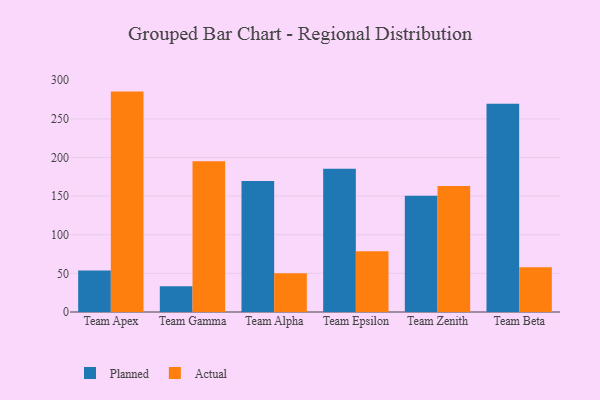
{"axis": {"x": "Team", "y": "Conversion Rate (%)"}, "legend": ["Actual", "Planned"], "data": [{"x": "Team Apex", "y": 53.7, "type": "Planned"}, {"x": "Team Apex", "y": 285.3, "type": "Actual"}, {"x": "Team Gamma", "y": 33.2, "type": "Planned"}, {"x": "Team Gamma", "y": 195.0, "type": "Actual"}, {"x": "Team Alpha", "y": 169.5, "type": "Planned"}, {"x": "Team Alpha", "y": 50.2, "type": "Actual"}, {"x": "Team Epsilon", "y": 185.4, "type": "Planned"}, {"x": "Team Epsilon", "y": 78.7, "type": "Actual"}, {"x": "Team Zenith", "y": 150.6, "type": "Planned"}, {"x": "Team Zenith", "y": 163.0, "type": "Actual"}, {"x": "Team Beta", "y": 269.5, "type": "Planned"}, {"x": "Team Beta", "y": 58.0, "type": "Actual"}]}